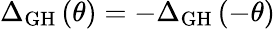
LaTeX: {\Delta_{\mathrm{{GH}}}}\left(\theta\right)=-{\Delta_{\mathrm{{GH}}}}\left({-\theta}\right)